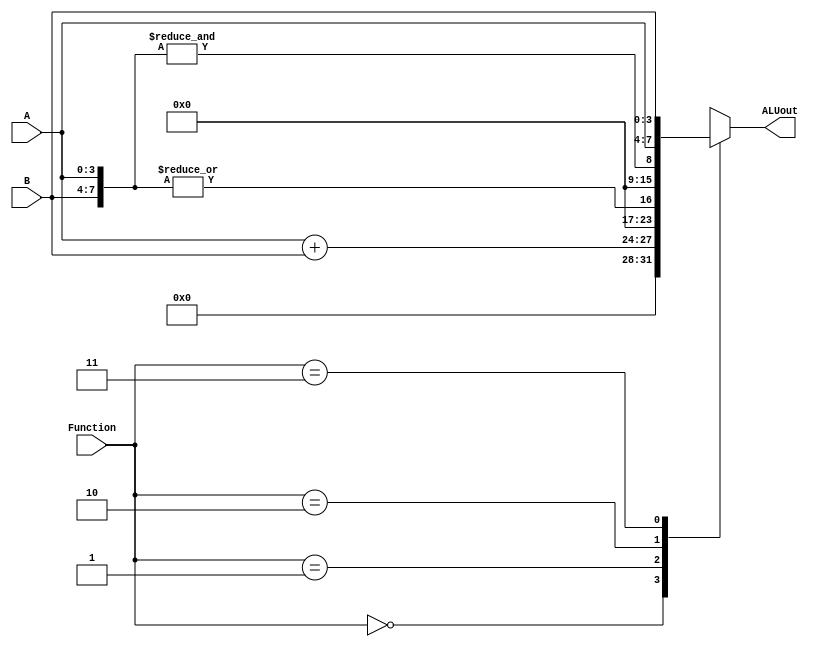
`timescale 1ns / 1ns // `timescale time_unit/time_precision

module part3(A, B, Function, ALUout);
	parameter N = 4;
	input [N-1:0]A,B;
	input [1:0]Function;
	output reg [N*2 - 1:0] ALUout;

	wire [N-1:0]w0;

	always@(*)
	begin
		case(Function)
			2'b00: ALUout = {{N-1{1'b0}},A+B};
			2'b01: ALUout = {{N*2 - 1{1'b0}},|{A,B}};
			2'b10: ALUout = {{N*2 - 1{1'b0}},&{A,B}};
			2'b11: ALUout = {A,B};
			default: ALUout = {N*2{1'b0}};
		endcase
	end
endmodule